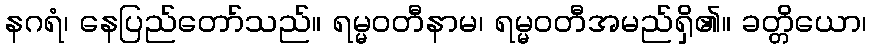
နဂရံ၊ နေပြည်တော်သည်။ ရမ္မဝတီနာမ၊ ရမ္မဝတီအမည်ရှိ၏။ ခတ္တိယော၊